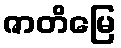
ဇာတိမြေ